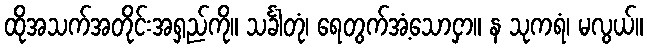
ထိုအသက်အတိုင်းအရှည်ကို။ သင်္ခါတုံ၊ ရေတွက်အံ့သောငှာ။ န သုကရံ၊ မလွယ်။